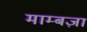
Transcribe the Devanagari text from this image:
माम्बज़ा